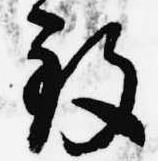
致